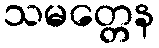
သမတ္တေန